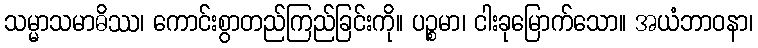
သမ္မာသမာဓိဿ၊ ကောင်းစွာတည်ကြည်ခြင်းကို။ ပဉ္စမာ၊ ငါးခုမြောက်သော။ အယံဘာဝနာ၊